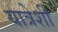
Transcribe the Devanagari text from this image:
यात्रेशी